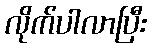
လိုက်ပါလာပြီး